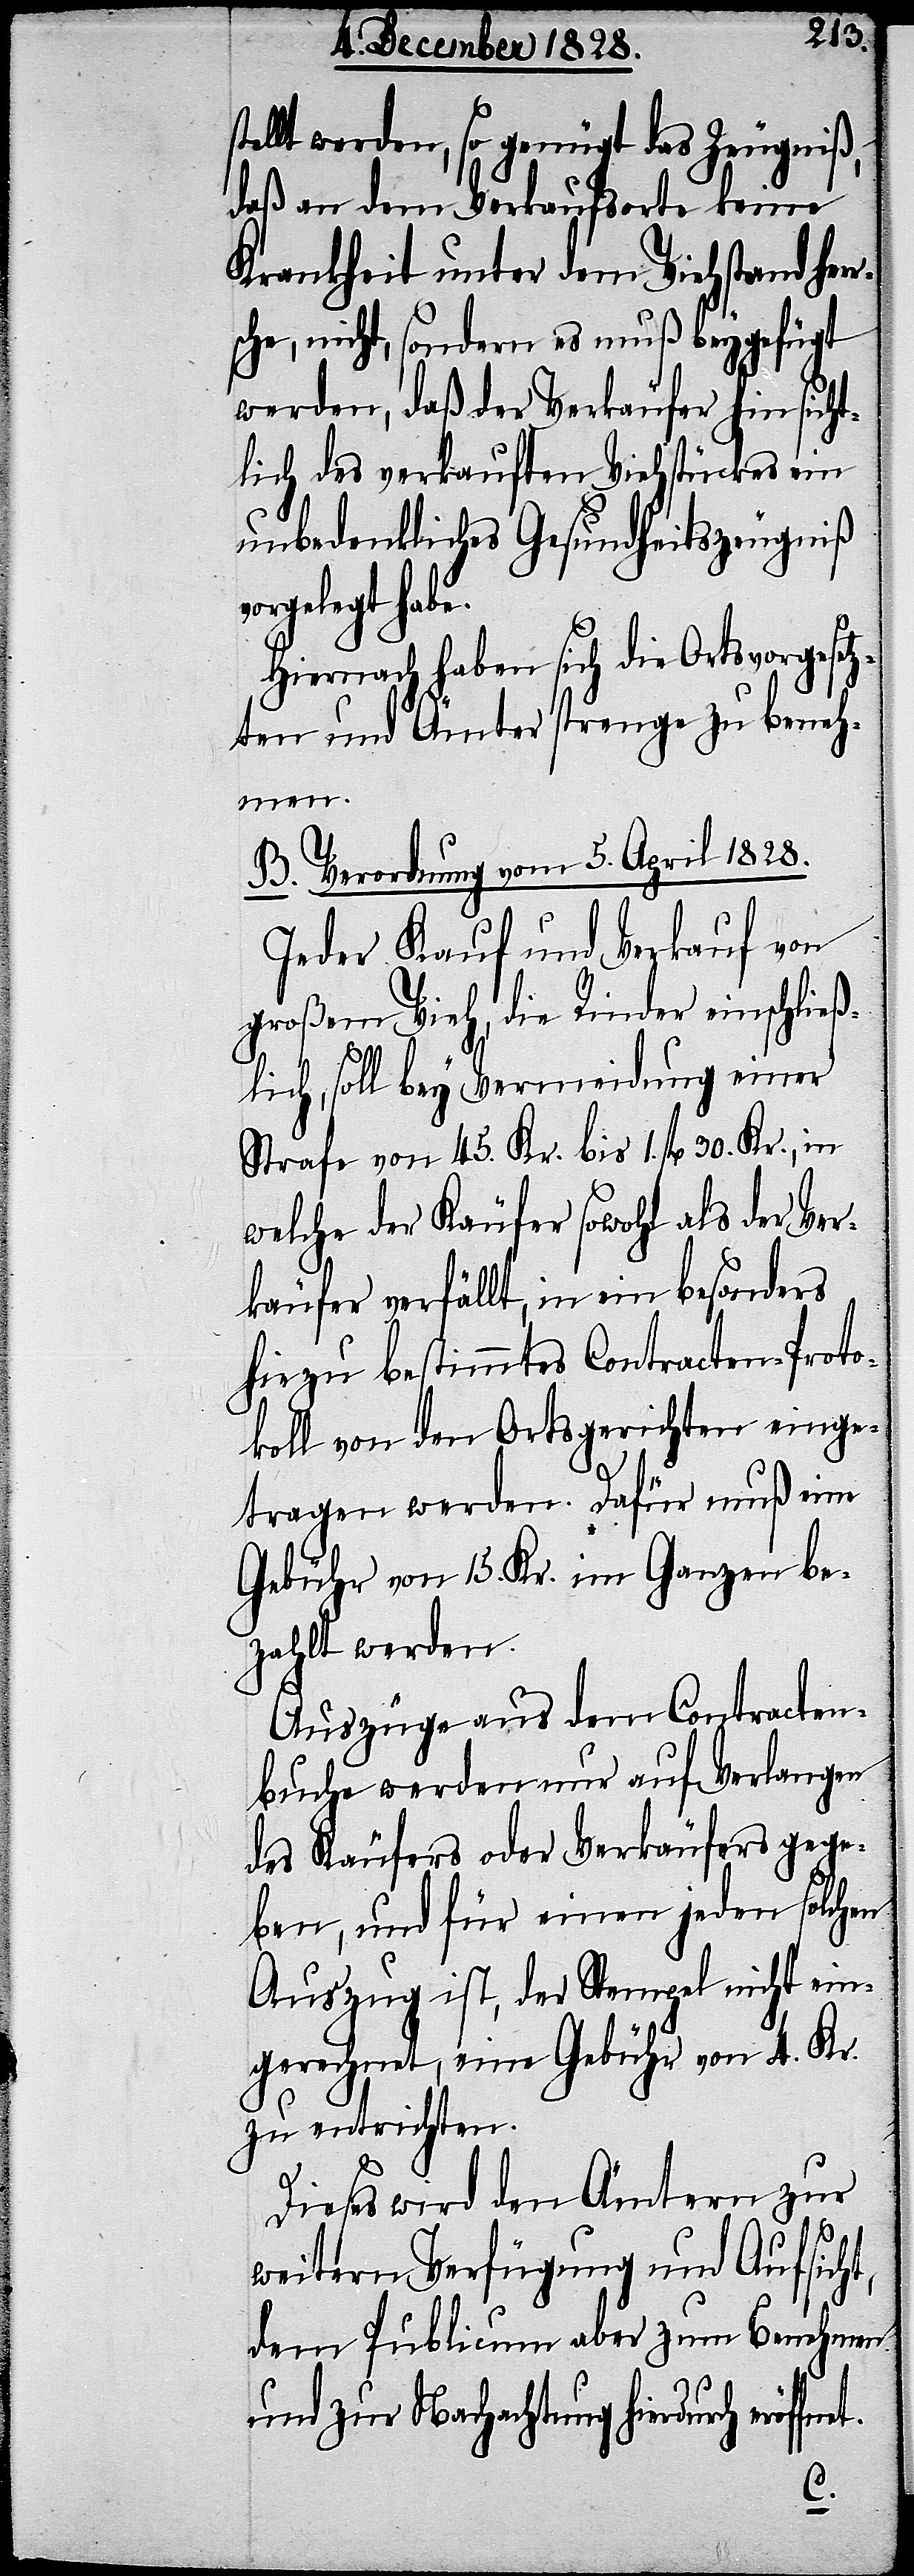
tellt werden, so genügt das Zeugniß,
daß an dem Verkaufsorte keine
Krankheit unter dem Viehstand her¬
sche, nicht, sondern es muß beygefügt
werden, daß der Verkäufer hinsicht¬
lich des verkauften Viehstückes ein
unbedenkliches Gesundheitszeugniß
rgelegt hab¬
Hiernach haben sich die Ortsvorgeset¬
zten und Ämter strenge zu beneh¬
net.
B. Verordnung vom 5. April 1828.
Jeder Kauf und Verkauf von
großem Vieh, die Rinder einschließ¬
lich, soll bey Vermeidung einer
Strafe von 45. Kr. bis 1. fl. 30. Kr., in
welche der Käufer sowohl als der Ver¬
käufer verfällt, in ein besonders
hiezu bestimmtes Contracten-Proto¬
koll von den Ortsgerichten einge¬
tragen werden. Dafür muß eine
Gebühr von 15. Kr. im Ganzen be¬
zahlt werden.
Auszüge aus dem Contracten¬
buche werden nur auf Verlangen
des Käufers oder Verkäufers gege¬
ben, und für einen jeden solchen
Auszug ist, der Stempel nicht ein¬
gerechnet, eine Gebühr von 4. Kr.
zu entrichten.
Dieses wird den Ämtern zur
e.
weitern Verfügung und Aufsicht,
dem Publicum aber zum Benehmen
und zur Nachachtung hierdurch eröff¬